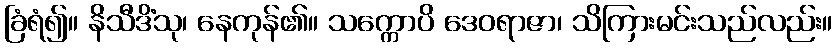
ခြံရံ၍။ နိသီဒိံသု၊ နေကုန်၏။ သက္ကောပိ ဒေဝရာဇာ၊ သိကြားမင်းသည်လည်း။